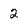
Character: 2